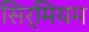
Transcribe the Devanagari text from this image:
सिर्मियम